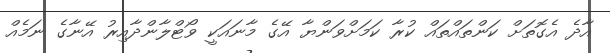
އާދެ އެގޮތަށް ކަންތައްތައް ކުރާ ކަމަށްވަންޔާ އޭގެ މާނައަކީ ވޯޓްލާންދާއިރު އޭނާގެ ނަމެއް